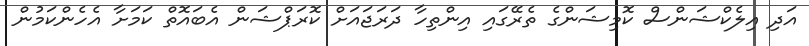
އަދި އިލެކްޝަންސް ކޮމިޝަންގެ ތެރޭގައި އިންތިހާ ދަރަޖައަށް ކޮރަޕްޝަން އެބައޮތް ކަމަށާ އެހެންކަމުން